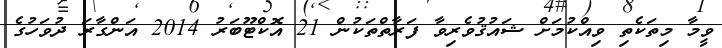
ވީމާ މިތަކެތި ވިއްކުމަށް ޝައުޤުވެރިވާ ފަރާތްތަކުން 21 އޮކްޓޫބަރު 2014 އަންގާރަ ދުވަހުގެ